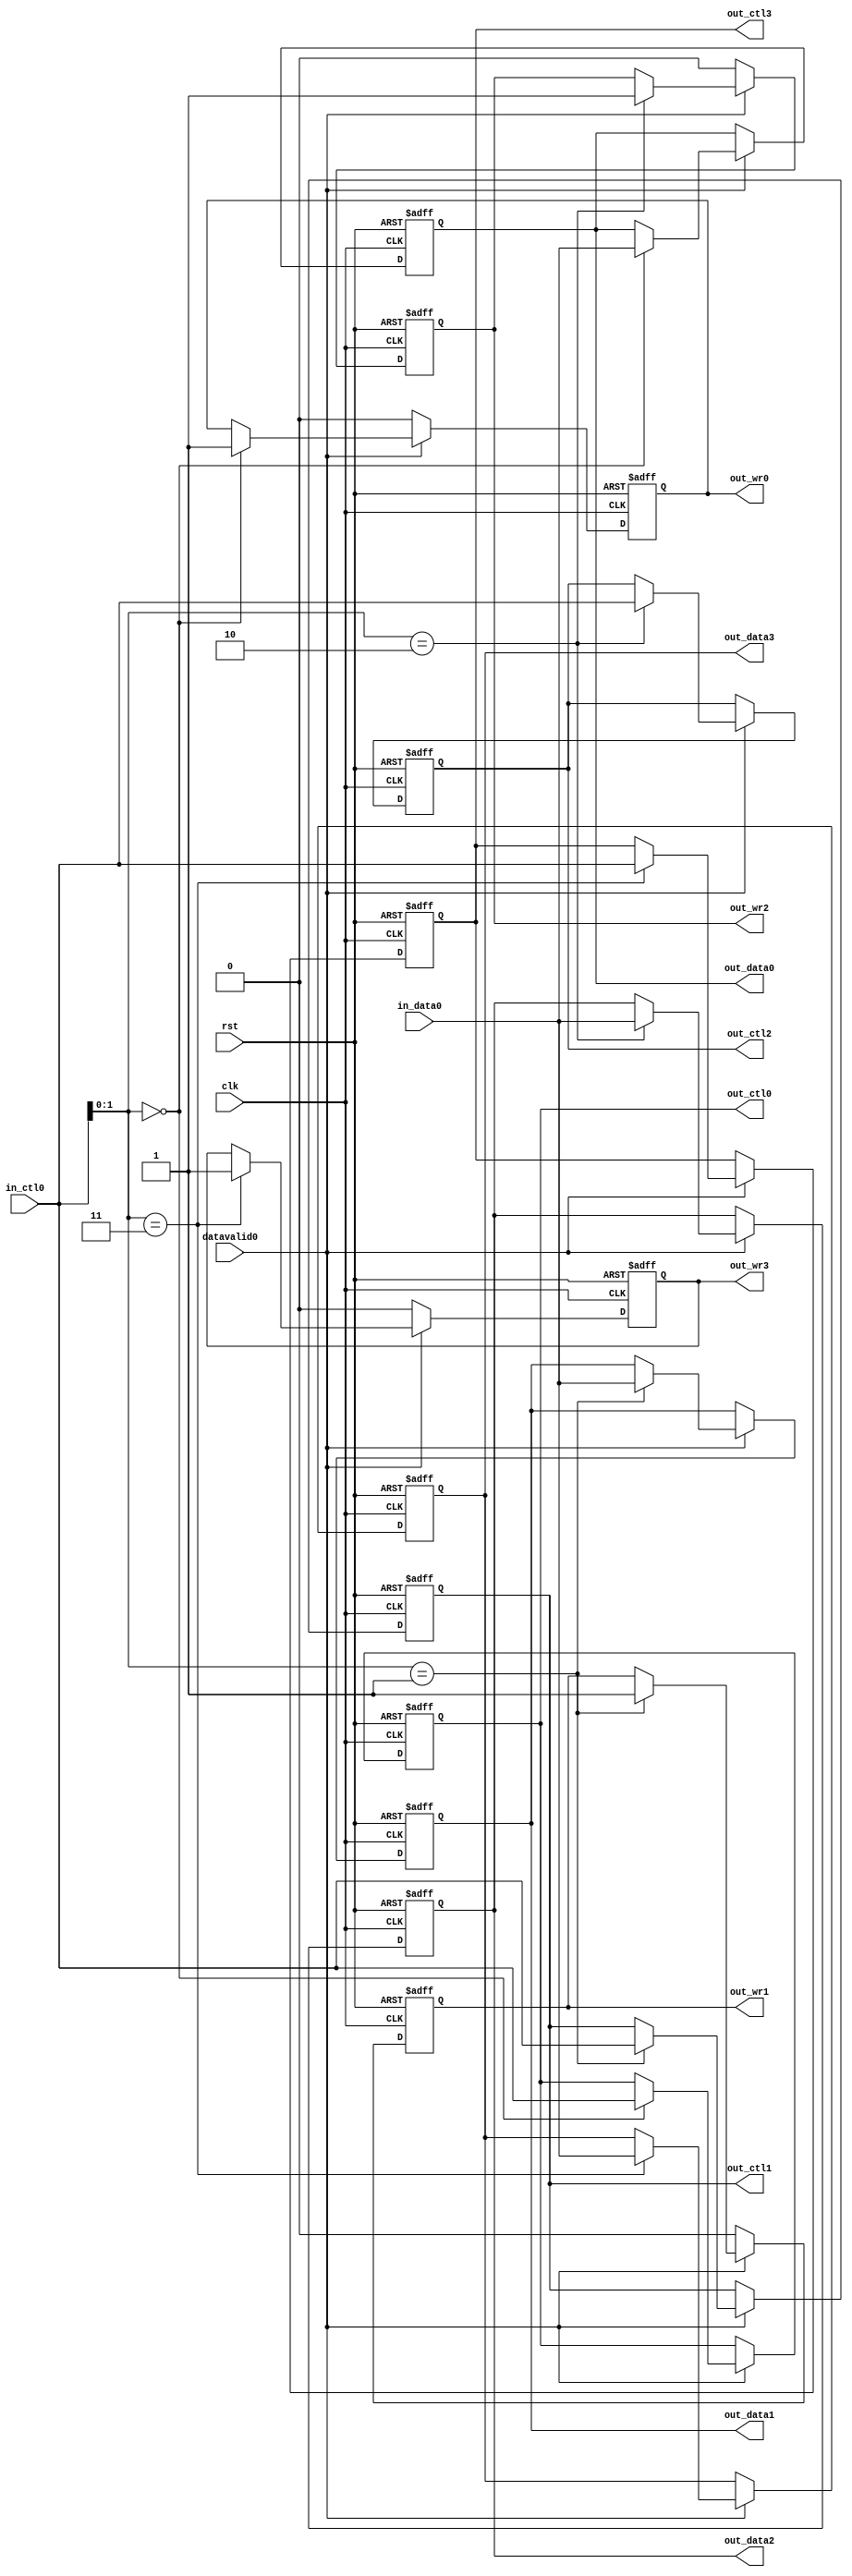
`timescale 1ns / 1ps
`define NULL 0

// Coder:	joe
// Description:
//	1:4 
//  
//   
//
//  
//
module out_next_point#(
		parameter DATA_WIDTH = 480,
		parameter CTRL_WIDTH=32,
		parameter STAGE_NUMBER = 2,
		parameter NUM_QUEUES = 4
	)(
		input clk,
		input rst,
	
		input datavalid0,
		input [CTRL_WIDTH-1:0] in_ctl0,
		input [DATA_WIDTH-1:0] in_data0,
		
		output reg out_wr0,
		output reg [CTRL_WIDTH-1:0] out_ctl0,
		output reg [DATA_WIDTH-1:0] out_data0,
		
		output reg out_wr1,
		output reg [CTRL_WIDTH-1:0] out_ctl1,
		output reg [DATA_WIDTH-1:0] out_data1,
		
		output reg out_wr2,
		output reg [CTRL_WIDTH-1:0] out_ctl2,
		output reg [DATA_WIDTH-1:0] out_data2,
		
		output reg out_wr3,
		output reg [CTRL_WIDTH-1:0] out_ctl3,
		output reg [DATA_WIDTH-1:0] out_data3

	
	);
	
	always @(posedge clk or negedge rst)begin
		if(!rst)begin
			out_wr0 <= 0;
			out_wr1 <= 0;
			out_wr2 <= 0;
			out_wr3 <= 0;

			out_ctl0 <= 0;
			out_ctl1 <= 0;
			out_ctl2 <= 0;
			out_ctl3 <= 0;
			
			out_data0 <= 0;
			out_data1 <= 0;
			out_data2 <= 0;
			out_data3 <= 0;
		end else begin
			if(datavalid0)begin
				if(in_ctl0[1:0] == 0)begin
					out_wr0 <= 1;
					out_ctl0 <= in_ctl0;
					out_data0 <= in_data0;
				end 
				if(in_ctl0[1:0] == 1)begin
					out_wr1 <= 1;
					out_ctl1 <= in_ctl0;
					out_data1 <= in_data0;
				end 
				if(in_ctl0[1:0] == 2)begin
					out_wr2 <= 1;
					out_ctl2 <= in_ctl0;
					out_data2 <= in_data0;
				end 
				if(in_ctl0[1:0] == 3)begin
					out_wr3 <= 1;
					out_ctl3 <= in_ctl0;
					out_data3 <= in_data0;
				end 
			end else begin
				out_wr0 <= 0;
				out_wr1 <= 0;
				out_wr2 <= 0;
				out_wr3 <= 0;
			end
		
		end
	end
	

	
endmodule